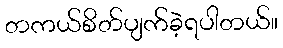
တကယ်စိတ်ပျက်ခဲ့ရပါတယ်။